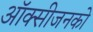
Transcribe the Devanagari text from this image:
ऑक्सीजनको